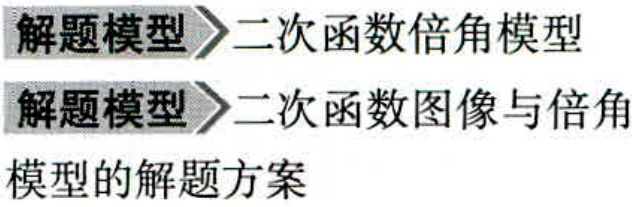
解题模型$\rhd$二次函数倍角模型
解题模型$\rhd$二次函数图像与倍角
模型的解题方案